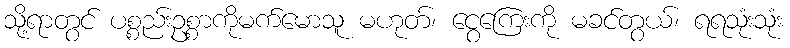
သို့ရာတွင် ပစ္စည်းဥစ္စာကိုမက်မောသူ မဟုတ်၊ ငွေကြေးကို မခင်တွယ်၊ ရရသုံးသုံး